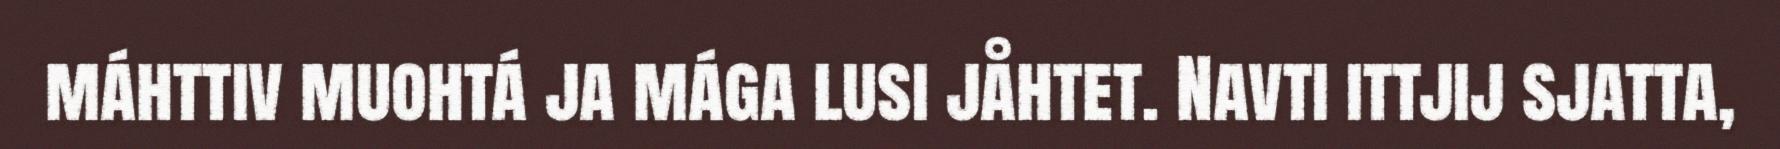
máhttiv muohtá ja mága lusi jåhtet. Navti ittjij sjatta,